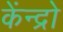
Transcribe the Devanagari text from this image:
केंन्द्रो